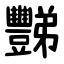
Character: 豒